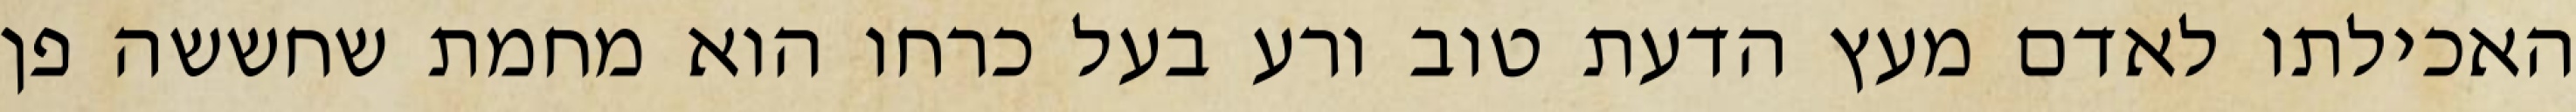
האכילתו לאדם מעץ הדעת טוב ורע בעל כרחו הוא מחמת שחששה פן